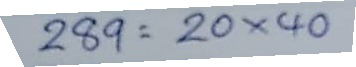
289 = 20 x 40